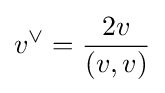
v^{\vee }={\frac {2v}{(v,v)}}